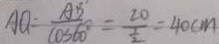
A O = \frac { A B } { \cos 6 0 ^ { \circ } } = \frac { 2 0 } { \frac { 1 } { 2 } } = 4 0 c m